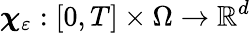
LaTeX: \boldsymbol{\chi}_{\varepsilon}:[0,T]\times\Omega\to\mathbb{R}^{d}